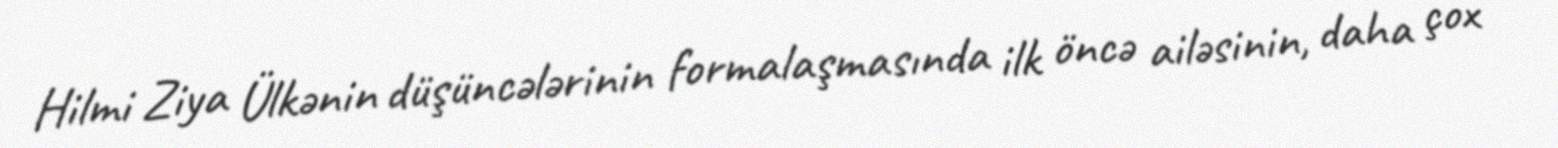
Hilmi Ziya Ülkənin düşüncələrinin formalaşmasında ilk öncə ailəsinin, daha çox